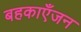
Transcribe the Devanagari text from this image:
बहकाएँजन